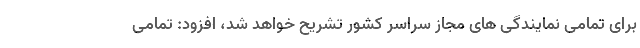
برای تمامی نمایندگی های مجاز سراسر کشور تشریح خواهد شد، افزود: تمامی